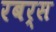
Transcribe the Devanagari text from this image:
रबर्स